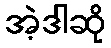
အဲ့ဒါဆို